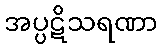
အပ္ပဋိသရဏာ